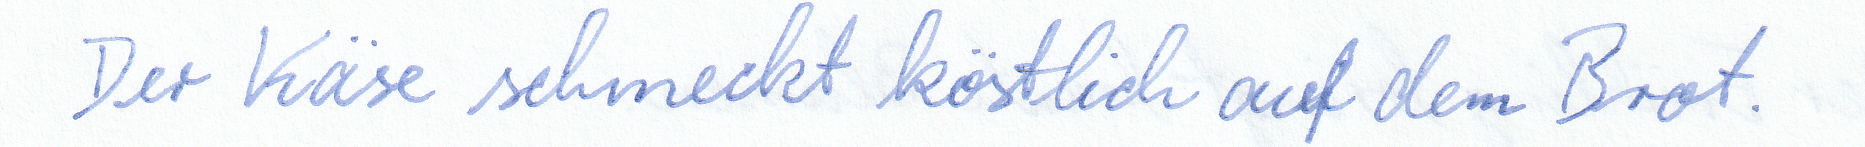
Der Käse schmeckt köstlich auf dem Brot.